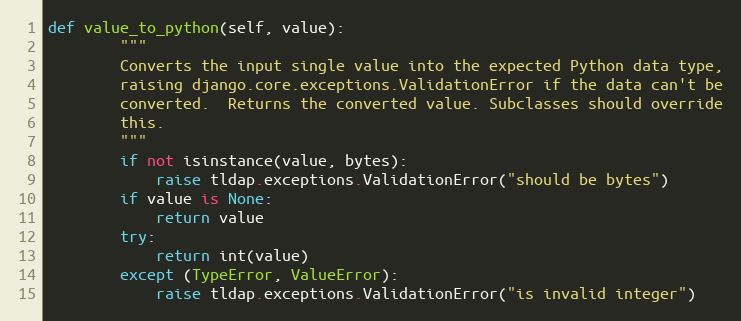
Language: Python
def value_to_python(self, value):
        """
        Converts the input single value into the expected Python data type,
        raising django.core.exceptions.ValidationError if the data can't be
        converted.  Returns the converted value. Subclasses should override
        this.
        """
        if not isinstance(value, bytes):
            raise tldap.exceptions.ValidationError("should be bytes")
        if value is None:
            return value
        try:
            return int(value)
        except (TypeError, ValueError):
            raise tldap.exceptions.ValidationError("is invalid integer")